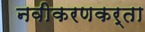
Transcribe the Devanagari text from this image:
नवीकरणकर्ता